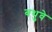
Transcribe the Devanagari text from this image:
बथुवे